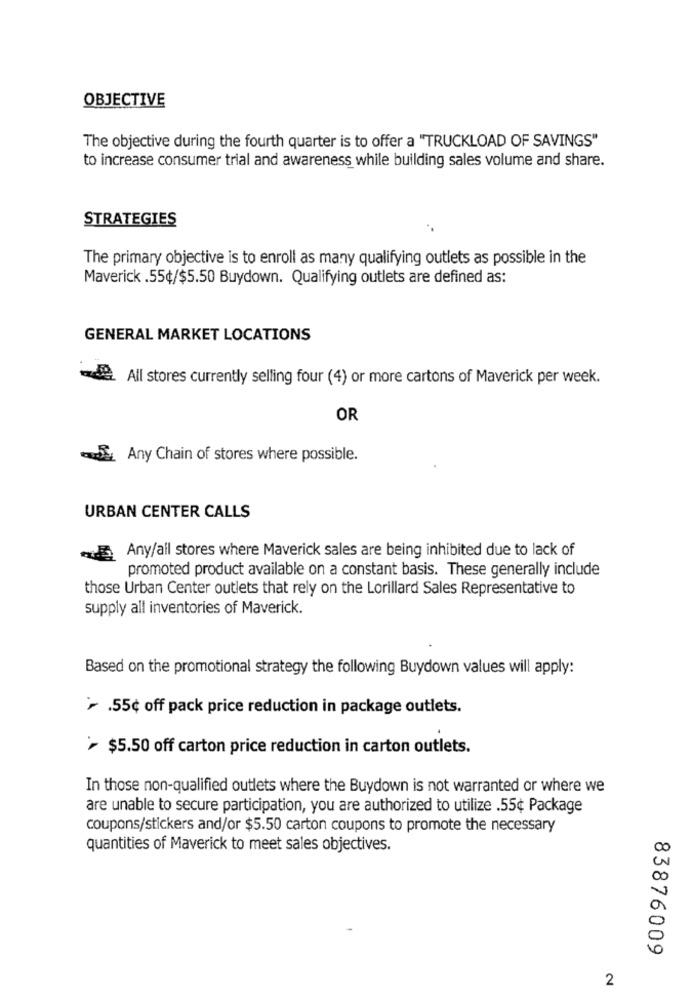
OBJECTIVE
The objective during the fourth quarter is to offer a "TRUCKLOAD OF SAVINGS"
to increase consumer trial and awareness while building sales volume and share.
STRATEGIES
The primary objective is to enroll as many qualifying outlets as possible in the
Maverick .55¢/$5.50 Buydown. Qualifying outlets are defined as:
GENERAL MARKET LOCATIONS
All stores currently selling four (4) or more cartons of Maverick per week.
OR
Any Chain of stores where possible.
URBAN CENTER CALLS
Any/all stores where Maverick sales are being inhibited due to lack of
promoted product available on a constant basis. These generally include
those Urban Center outlets that rely on the Lorillard Sales Representative to
supply all inventories of Maverick.
Based on the promotional strategy the following Buydown values will apply:
> .55¢ off pack price reduction in package outlets.
$5.50 off carton price reduction in carton outlets.
In those non-qualified outlets where the Buydown is not warranted or where we
are unable to secure participation, you are authorized to utilize .55¢ Package
coupons/stickers and/or $5.50 carton coupons to promote the necessary
quantities of Maverick to meet sales objectives.
83876009
2